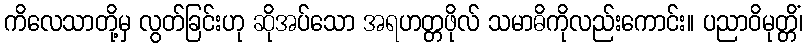
ကိလေသာတို့မှ လွတ်ခြင်းဟု ဆိုအပ်သော အရဟတ္တဖိုလ် သမာဓိကိုလည်းကောင်း။ ပညာဝိမုတ္တိံ၊